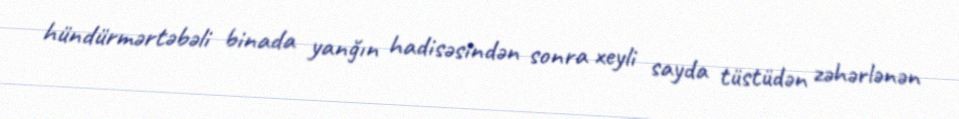
hündürmərtəbəli binada yanğın hadisəsindən sonra xeyli sayda tüstüdən zəhərlənən